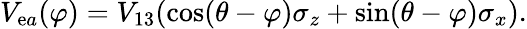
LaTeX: V_{\mathrm{e}a}(\varphi)=V_{13}(\cos(\theta-\varphi)\sigma_{z}+\sin(\theta-\varphi)\sigma_{x}).